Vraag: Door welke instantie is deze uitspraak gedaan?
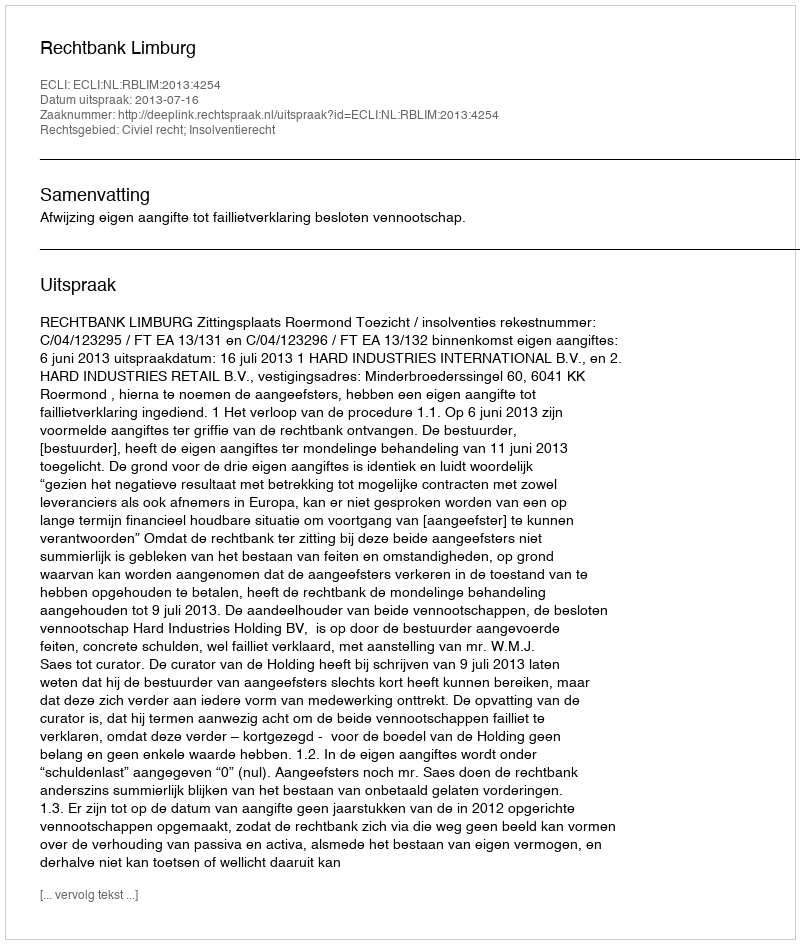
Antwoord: Rechtbank Limburg